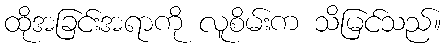
ထိုအခြင်းအရာကို လူစိမ်းက သိမြင်သည်။